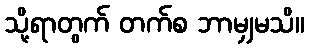
သို့ရာတွက် တက်စ ဘာမျှမသိ။